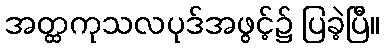
အတ္ထကုသလပုဒ်အဖွင့်၌ ပြခဲ့ပြီ။